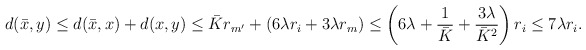
\begin{align*} d(\bar x, y) &\le d(\bar x, x) + d(x, y) \le \bar K r_{m'} + (6\lambda r_i + 3\lambda r_m)\le \left(6\lambda + \frac 1{\bar K} + \frac{3\lambda}{\bar K^2}\right) r_i \le 7\lambda r_i.\end{align*}